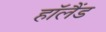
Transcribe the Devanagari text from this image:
हाॅलैंड